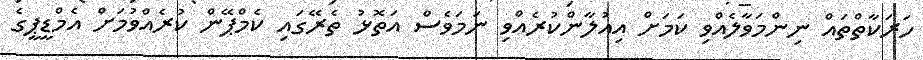
ހަރަކާތްތައް ނިންމަވާލެއްވި ކަމަށް އިއުލާންކުރެއްވި ނަމަވެސް އަތޮޅު ތެރޭގައި ކެމްޕޭން ކުރެއްވުމަށް އެމްޑީޕީގެ